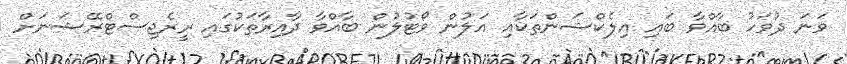
ވަނަ ދުވަހު ބާއްވާ ބައި އިލެކްޝަންތަކާއި އަލުން ވޯޓުލުން ބާއްވާ ދާއިރާތަކުގައި ރީރެޖިސްޓްރޭޝަނަށް